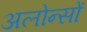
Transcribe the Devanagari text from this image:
अलोन्सों